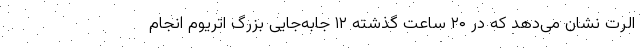
اَلرت نشان می‌دهد که در ۲۰ ساعت گذشته ۱۲ جابه‌جایی بزرگ اتریوم انجام